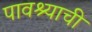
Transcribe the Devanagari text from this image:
पावश्याची